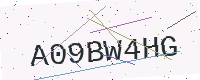
Text: A09BW4HG